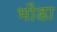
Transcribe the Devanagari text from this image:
भोंडा